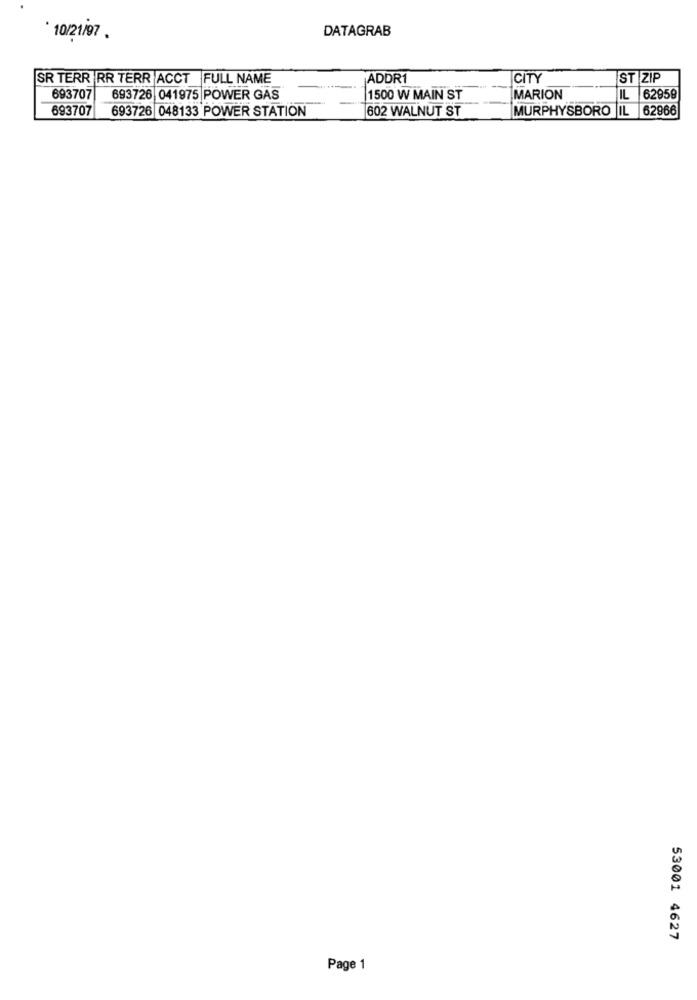
DATAGRAB
10/21/97.
SR TERR RR TERR ACCT FULL NAME
ADDR1
CITY
ST ZIP
693707
693726 041975 POWER GAS
1500 W MAIN ST
MARION
62959
693707
693726 048133 POWER STATION
602 WALNUT ST
MURPHYSBORO IL 62966
53001 4627
Page 1